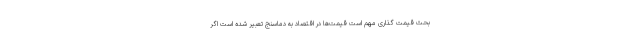
بحث قیمت گذاری مهم است قیمت‌ها در اقتصاد به دماسنج تعبیر شده است اگر